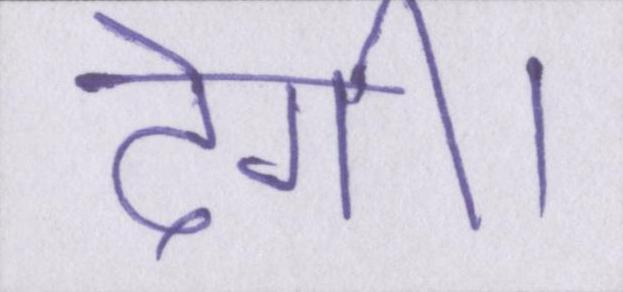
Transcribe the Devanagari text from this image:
देगी।